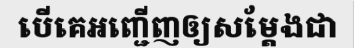
បើគេអញ្ជើញឲ្យសម្តែងជា